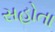
સહોતા